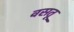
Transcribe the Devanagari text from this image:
वसतू